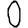
Digit: 0